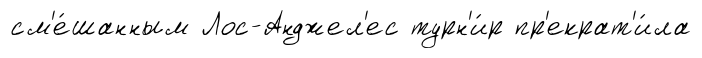
см'е́шанным Лос-Анджел'ес турн'и́р пр'екрат'и́ла